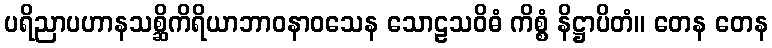
ပရိညာပဟာနသစ္ဆိကိရိယာဘာဝနာဝသေန သောဠသဝိဓံ ကိစ္စံ နိဋ္ဌာပိတံ။ တေန တေန